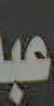
عبد